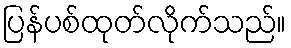
ပြန်ပစ်ထုတ်လိုက်သည်။